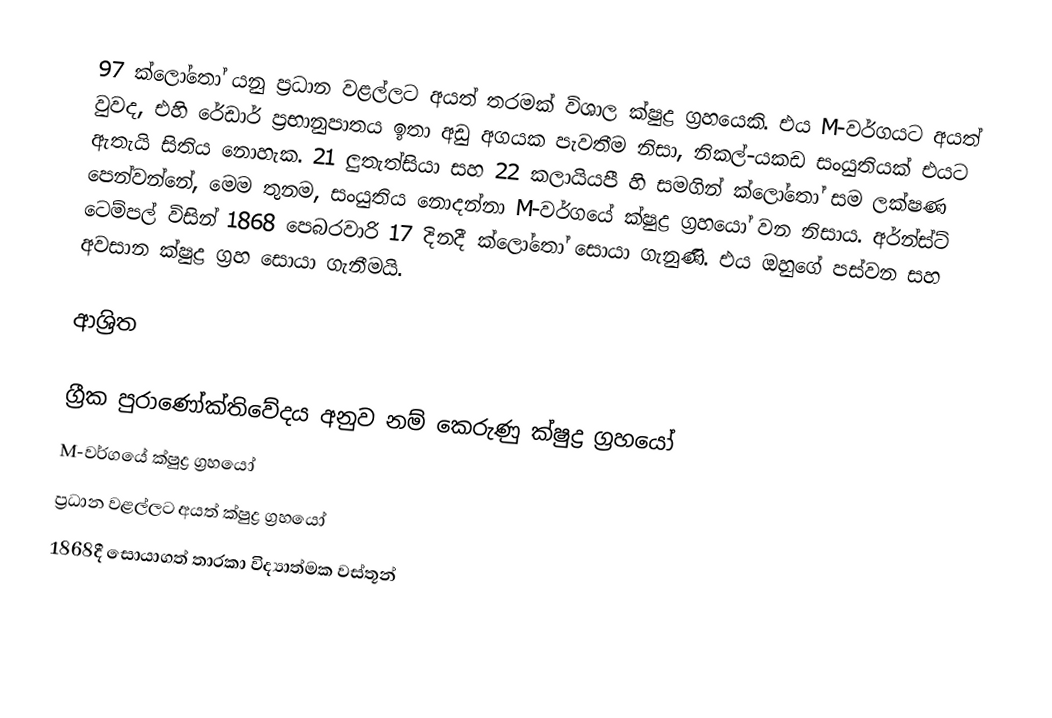
97 ක්ලෝතෝ යනු ප්‍රධාන වළල්ලට අයත් තරමක් විශාල ක්ෂුද්‍ර ග්‍රහයෙකි. එය M-වර්ගයට අයත් වුවද, එහි රේඩාර් ප්‍රභානුපාතය ඉතා අඩු අගයක පැවතීම නිසා,  නිකල්-යකඩ සංයුතියක් එයට ඇතැයි සිතිය නොහැක. 21 ලුතැත්සියා සහ 22 කලායියපී හි සමගින් ක්ලෝතෝ සම ලක්ෂණ පෙන්වන්නේ, මෙම තුනම, සංයුතිය නොදන්නා  M-වර්ගයේ ක්ෂුද්‍ර ග්‍රහයෝ වන නිසාය.  අර්න්ස්ට් ටෙම්පල් විසින් 1868 පෙබරවාරි 17 දිනදී ක්ලෝතෝ සොයා ගැනුණි. එය ඔහුගේ පස්වන සහ අවසාන ක්ෂුද්‍ර ග්‍රහ සොයා ගැනීමයි.

ආශ්‍රිත

ග්‍රීක පුරාණෝක්තිවේදය අනුව නම් කෙරුණු ක්ෂුද්‍ර ග්‍රහයෝ
M-වර්ගයේ ක්ෂුද්‍ර ග්‍රහයෝ
ප්‍රධාන වළල්ලට අයත් ක්ෂුද්‍ර ග්‍රහයෝ
1868දී සොයාගත් තාරකා විද්‍යාත්මක වස්තූන්